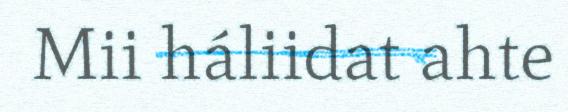
Mii háliidat ahte